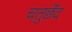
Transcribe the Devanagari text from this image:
चतुर्छेद